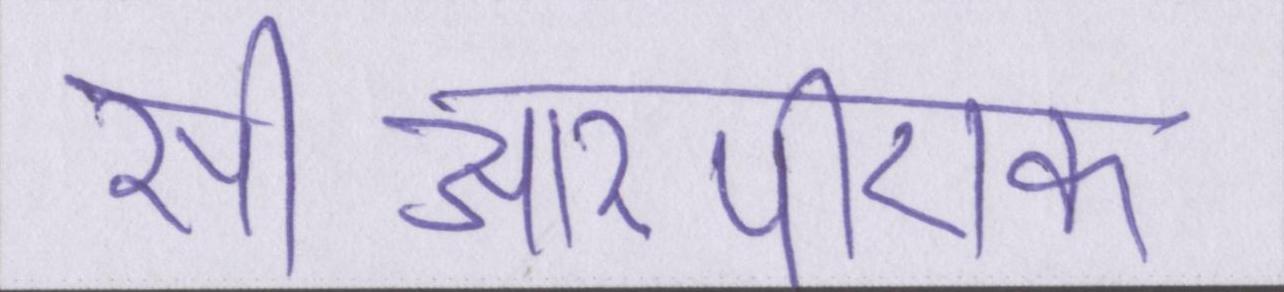
सीआरपीएफ